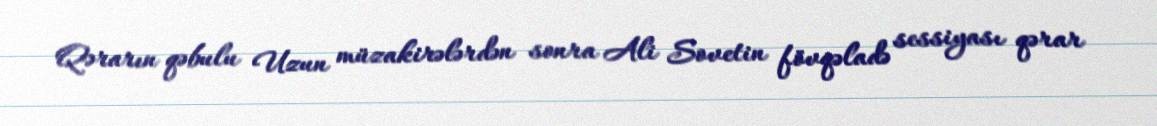
Qərarın qəbulu Uzun müzakirələrdən sonra Ali Sovetin fövqəladə sessiyası qərar